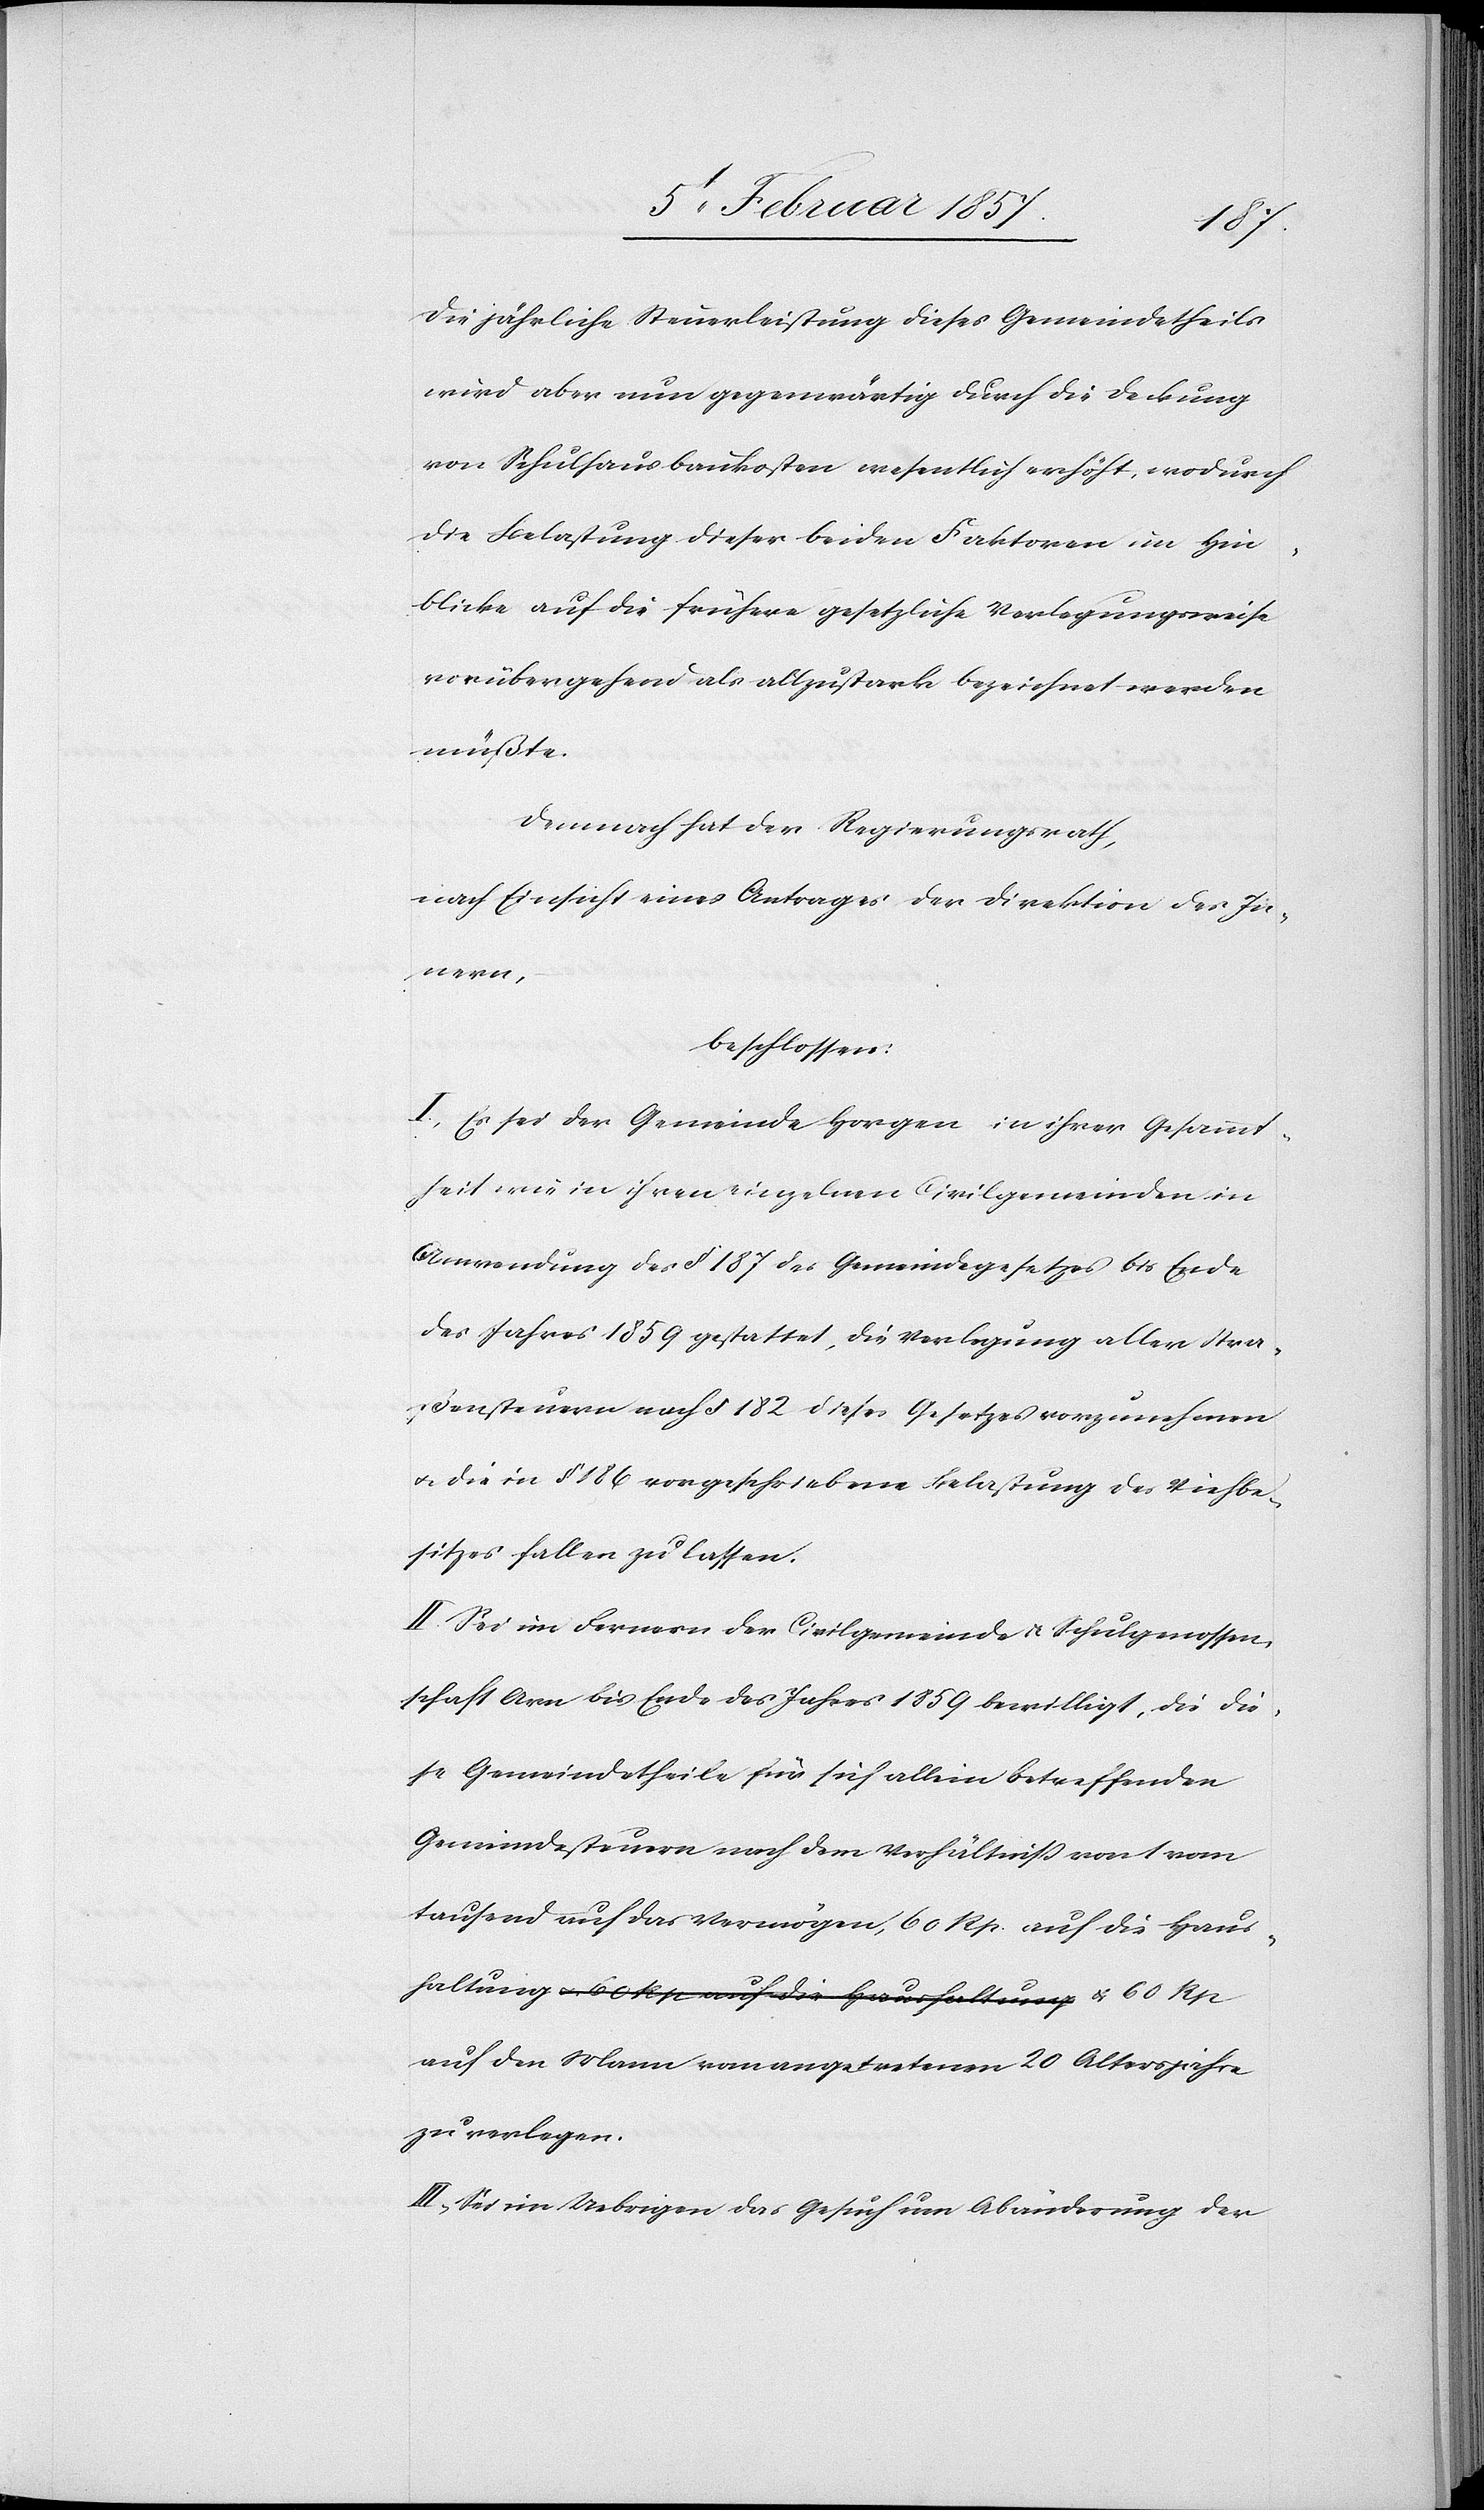
haltung
Die jährliche Steuerleistung dieses Gemeindetheils
wird aber nun gegenwärtig durch die Deckung
von Schulhausbaukosten wesentlich erhöht, wodurch
die Belastung dieser beiden Faktoren im Hin¬
blicke auf die frühere gesetzliche Verlegungsweise
vorübergehend als allzustark bezeichnet werden
müßte.
Demnach hat der Regierungsrath,
nach Einsicht eines Antrages der Direktion der Ju¬
beschlossen:
I. Es sei der Gemeinde Horgen in ihrer Gesammt¬
heit wie in ihren einzelnen Civilgemeinden in
Anwendung des § 187 des Gemeindegesetzes bis Ende
des Jahres 1859 gestattet, die Verlegung aller Stra¬
ßensteuern nach § 182 dieses Gesetzes vorzunehmen
& die in § 186 vorgeschriebene Belastung des Viehbe¬
sitzes fallen zu lassen.
II. Sei im Fernern der Civilgemeinde u. Schulgenossen¬
schaft Arn bis Ende des Jahres 1859 bewilligt, die die¬
se Gemeindetheile für sich alleine betreffenden
Gemeindesteuern nach dem Verhältniß von 1 vom
tausend auf das Vermögen, 60 Rp. auf die Haus¬
auf den Mann vom angetretenen 20 Altersjahre
zu verlegen.
III, Sei im Uebrigen das Gesuch um Abänderung der